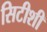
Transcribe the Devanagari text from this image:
सिटीशी